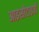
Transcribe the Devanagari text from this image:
आइसोटाइपों